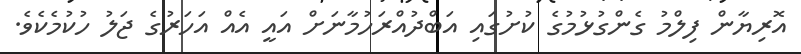
އޮރިޔާން ފިލްމު ގެންގުޅުމުގެ ކުށުގައި އަބްދުއްރަހުމާނަށް އައީ އެއް އަހަރުގެ ޖަލު ހުކުމެކެވެ.